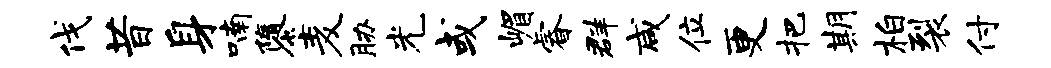
伐昔身喃隳麦胁光或嵋睿群咸位更把期柏裂付